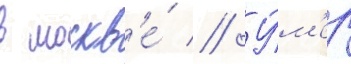
в москв'е́ // У́м'ер